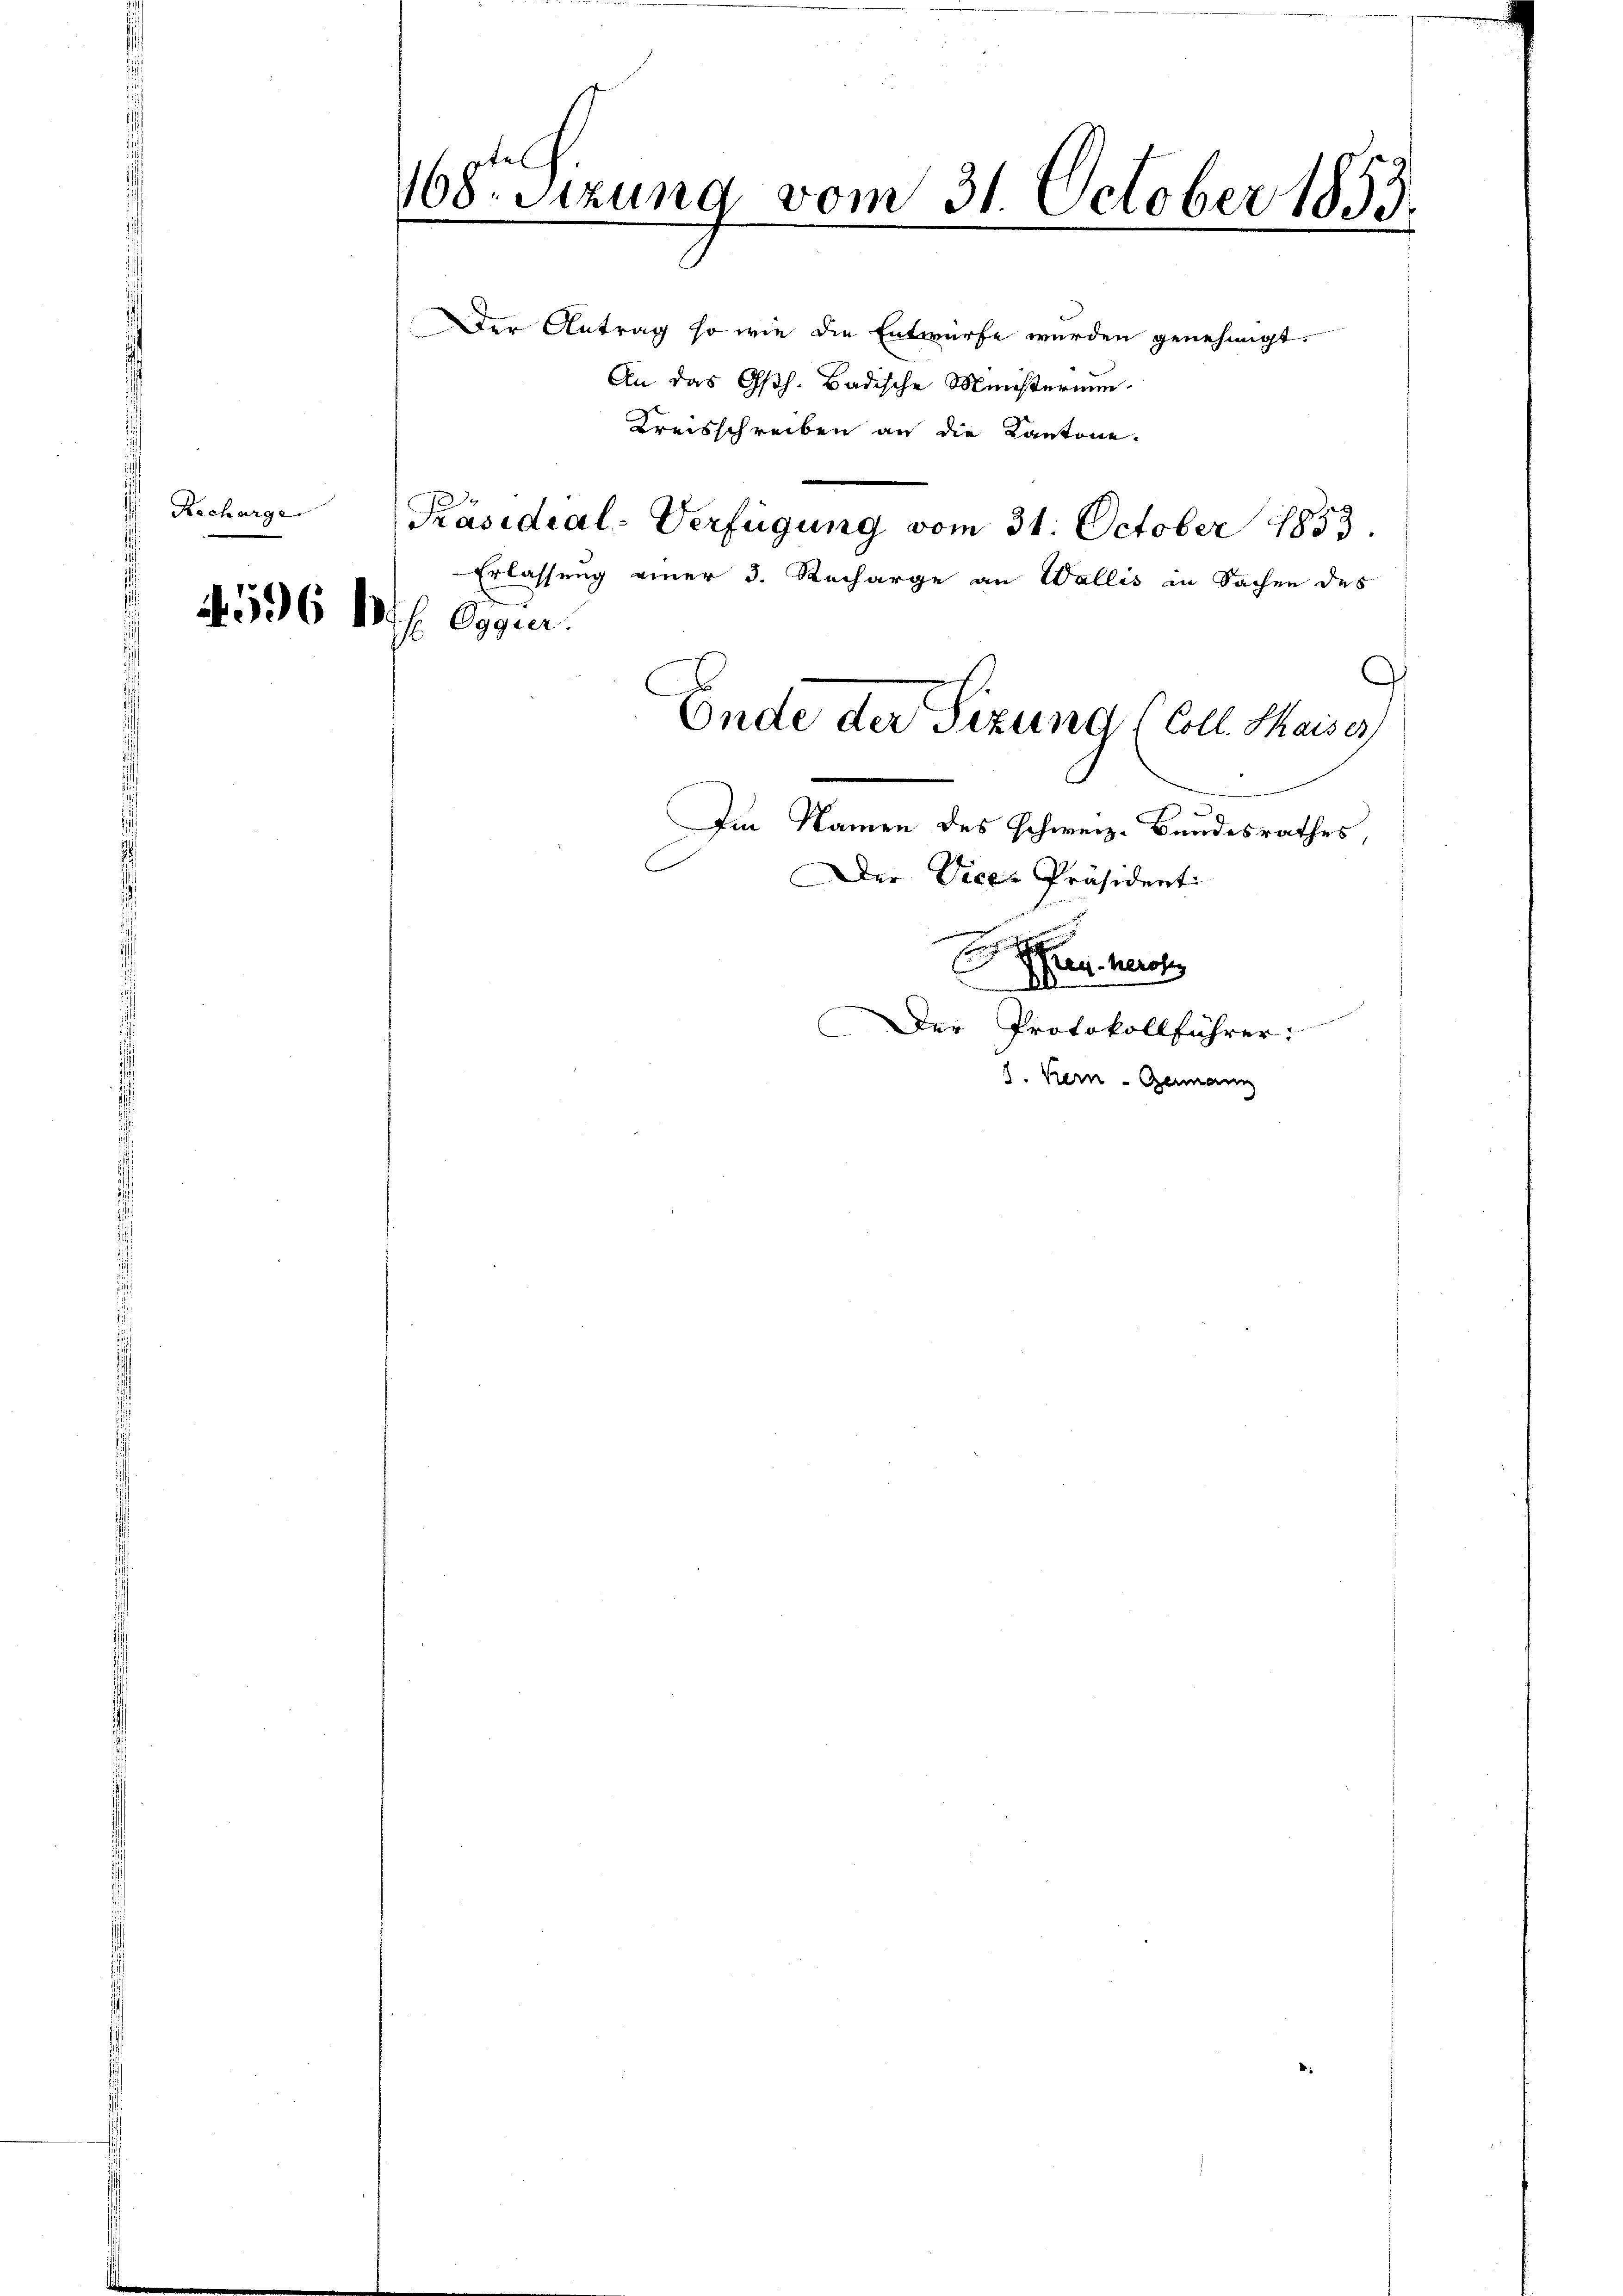
Kacharge

4596 Ms. Ogguer.

168. Sizung vom 31. October 1853.
Be
Der Antrag so wie die Entwürfe wurden genehmigt.
An das Osth. Badische Ministerium
Kreisschreiben an die Kantone.

Präsidial-Verfügung vom 31. October 1853.
Erlassung einer 3. Recharge an Wallis in Sachen des
Ende der Sizung (Coll. Maiser

Im Namen des Schweiz. Bundesrathes,
Der Vice-Präsident
Ehren herste
A
Der Protokollführer.
J. Kern - Germann

C